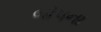
બોપના